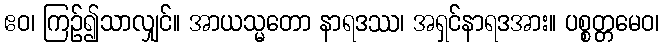
ဧဝ၊ ကြဉ်၍သာလျှင်။ အာယသ္မတော နာရဒဿ၊ အရှင်နာရဒအား။ ပစ္စတ္တမေဝ၊